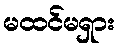
မထင်မရှား